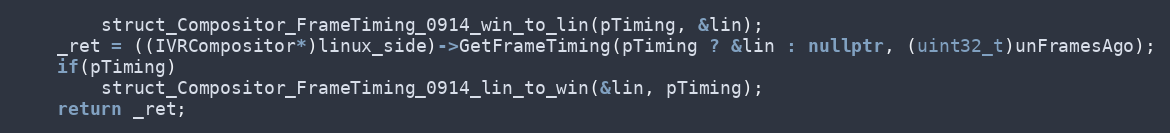
Language: C++
        struct_Compositor_FrameTiming_0914_win_to_lin(pTiming, &lin);
    _ret = ((IVRCompositor*)linux_side)->GetFrameTiming(pTiming ? &lin : nullptr, (uint32_t)unFramesAgo);
    if(pTiming)
        struct_Compositor_FrameTiming_0914_lin_to_win(&lin, pTiming);
    return _ret;